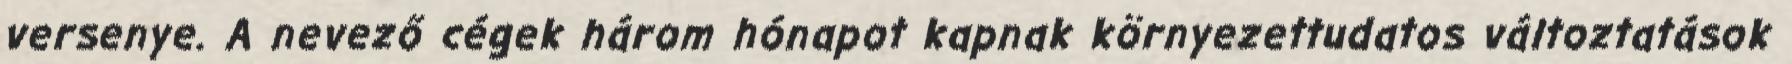
versenye. A nevező cégek három hónapot kapnak környezettudatos változtatások